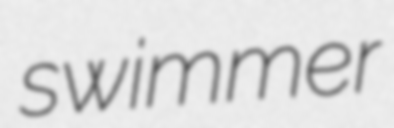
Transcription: swimmer